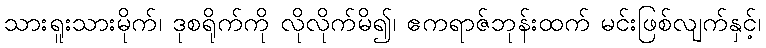
သားရူးသားမိုက်၊ ဒုစရိုက်ကို လိုလိုက်မိ၍၊ ဧကရာဇ်ဘုန်းထက် မင်းဖြစ်လျက်နှင့်၊